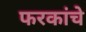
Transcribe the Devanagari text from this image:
फरकांचे